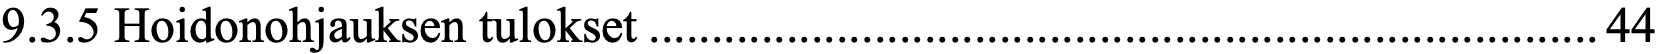
9.3.5 Hoidonohjauksen tulokset ............................................................................ 44